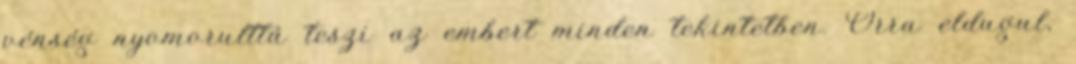
vénség nyomorulttá teszi az embert minden tekintetben. Orra eldugul,